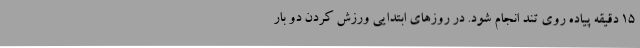
15 دقیقه پیاده روی تند انجام شود. در روزهای ابتدایی ورزش کردن دو بار